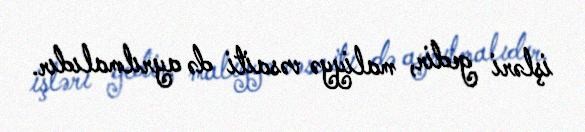
işləri gedir, maliyyə vəsaiti də ayrılmalıdır.